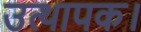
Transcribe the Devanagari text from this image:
उत्थापक।